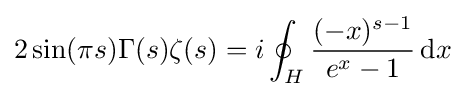
2\sin(\pi s)\Gamma (s)\zeta (s)=i\oint _{H}{\frac {(-x)^{s-1}}{e^{x}-1}}\,\mathrm {d} x